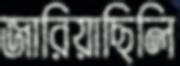
জারিয়াছিলি